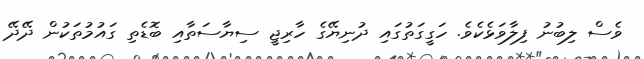
ވެސް ލިބުނު ފިލާވަޅެކެވެ. ހަގީގަތުގައި ދުނިޔޭގެ ހާރިޖީ ސިޔާސަތާއި ބޮޑެތި ގައުމުތަކުން ދޭދޭ